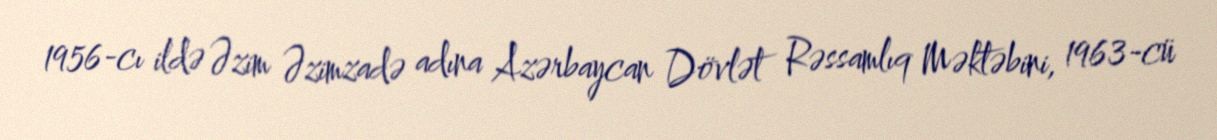
1956-cı ildə Əzim Əzimzadə adına Azərbaycan Dövlət Rəssamlıq Məktəbini, 1963-cü